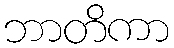
ဘာတိကာ